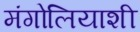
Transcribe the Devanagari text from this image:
मंगोलियाशी